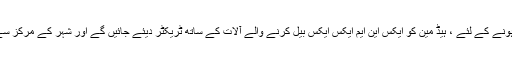
گاؤں کی سڑکوں پر استعمال ہونے کے لئے ، ہیڈ مین کو ایکس این ایم ایکس ایکس بیل کرنے والے آلات کے ساتھ ٹریکٹر دیئے جائیں گے اور شہر کے مرکز سے دور سڑکیں کھلی رہیں گی۔